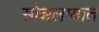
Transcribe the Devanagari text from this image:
सोन्नलग्यात